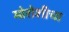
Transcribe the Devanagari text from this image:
मोरोशीचा